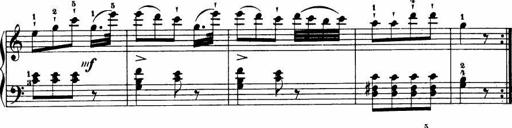
Title: Le bouquetier
Composer: Anton Diabelli
Key: G major
 C major
 F major
 C major